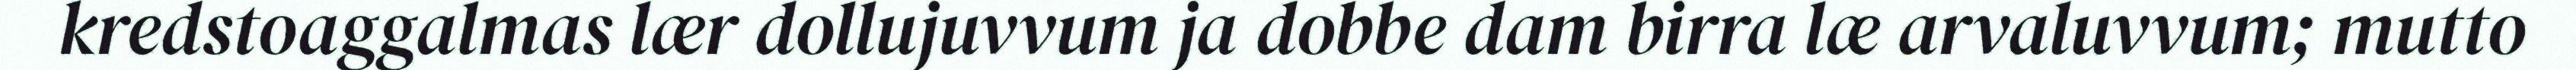
kredstoaggalmas lær dollujuvvum ja dobbe dam birra læ arvaluvvum; mutto